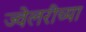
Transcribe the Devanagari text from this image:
ज्वेलरीच्या